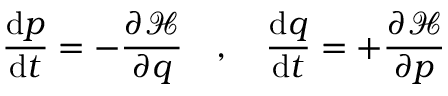
{ \frac { \mathrm { d } { \boldsymbol { p } } } { \mathrm { d } t } } = - { \frac { \partial { \mathcal { H } } } { \partial { \boldsymbol { q } } } } \quad , \quad { \frac { \mathrm { d } { \boldsymbol { q } } } { \mathrm { d } t } } = + { \frac { \partial { \mathcal { H } } } { \partial { \boldsymbol { p } } } }